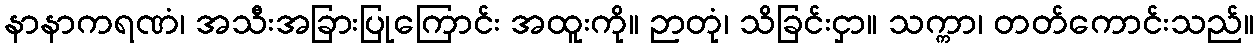
နာနာကရဏံ၊ အသီးအခြားပြုကြောင်း အထူးကို။ ဉာတုံ၊ သိခြင်းငှာ။ သက္ကာ၊ တတ်ကောင်းသည်။